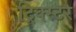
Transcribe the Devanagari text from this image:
ट्रिक्स्टर